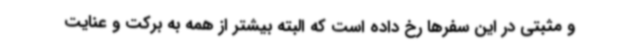
و مثبتی در این سفرها رخ داده است که البته بیشتر از همه به برکت و عنایت